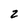
Character: 2